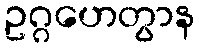
ဥဂ္ဂဟေတွာန